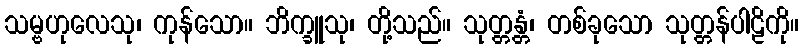
သမ္ဗဟုလေသု၊ ကုန်သော။ ဘိက္ခူသု၊ တို့သည်။ သုတ္တန္တံ၊ တစ်ခုသော သုတ္တန်ပါဠိကို။